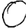
Digit: 0